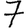
Digit: 7